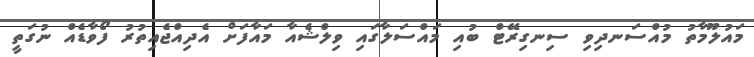
މައުލޫމާތު މުއްސަނދިވި ސިނގިރޭޓް ބުއި މައްސަލާގައި ވިލްޝެއާ މައާފަށް އެދިއްޖެއިތުރު ފޯވާޑެއް ނުގަތީ